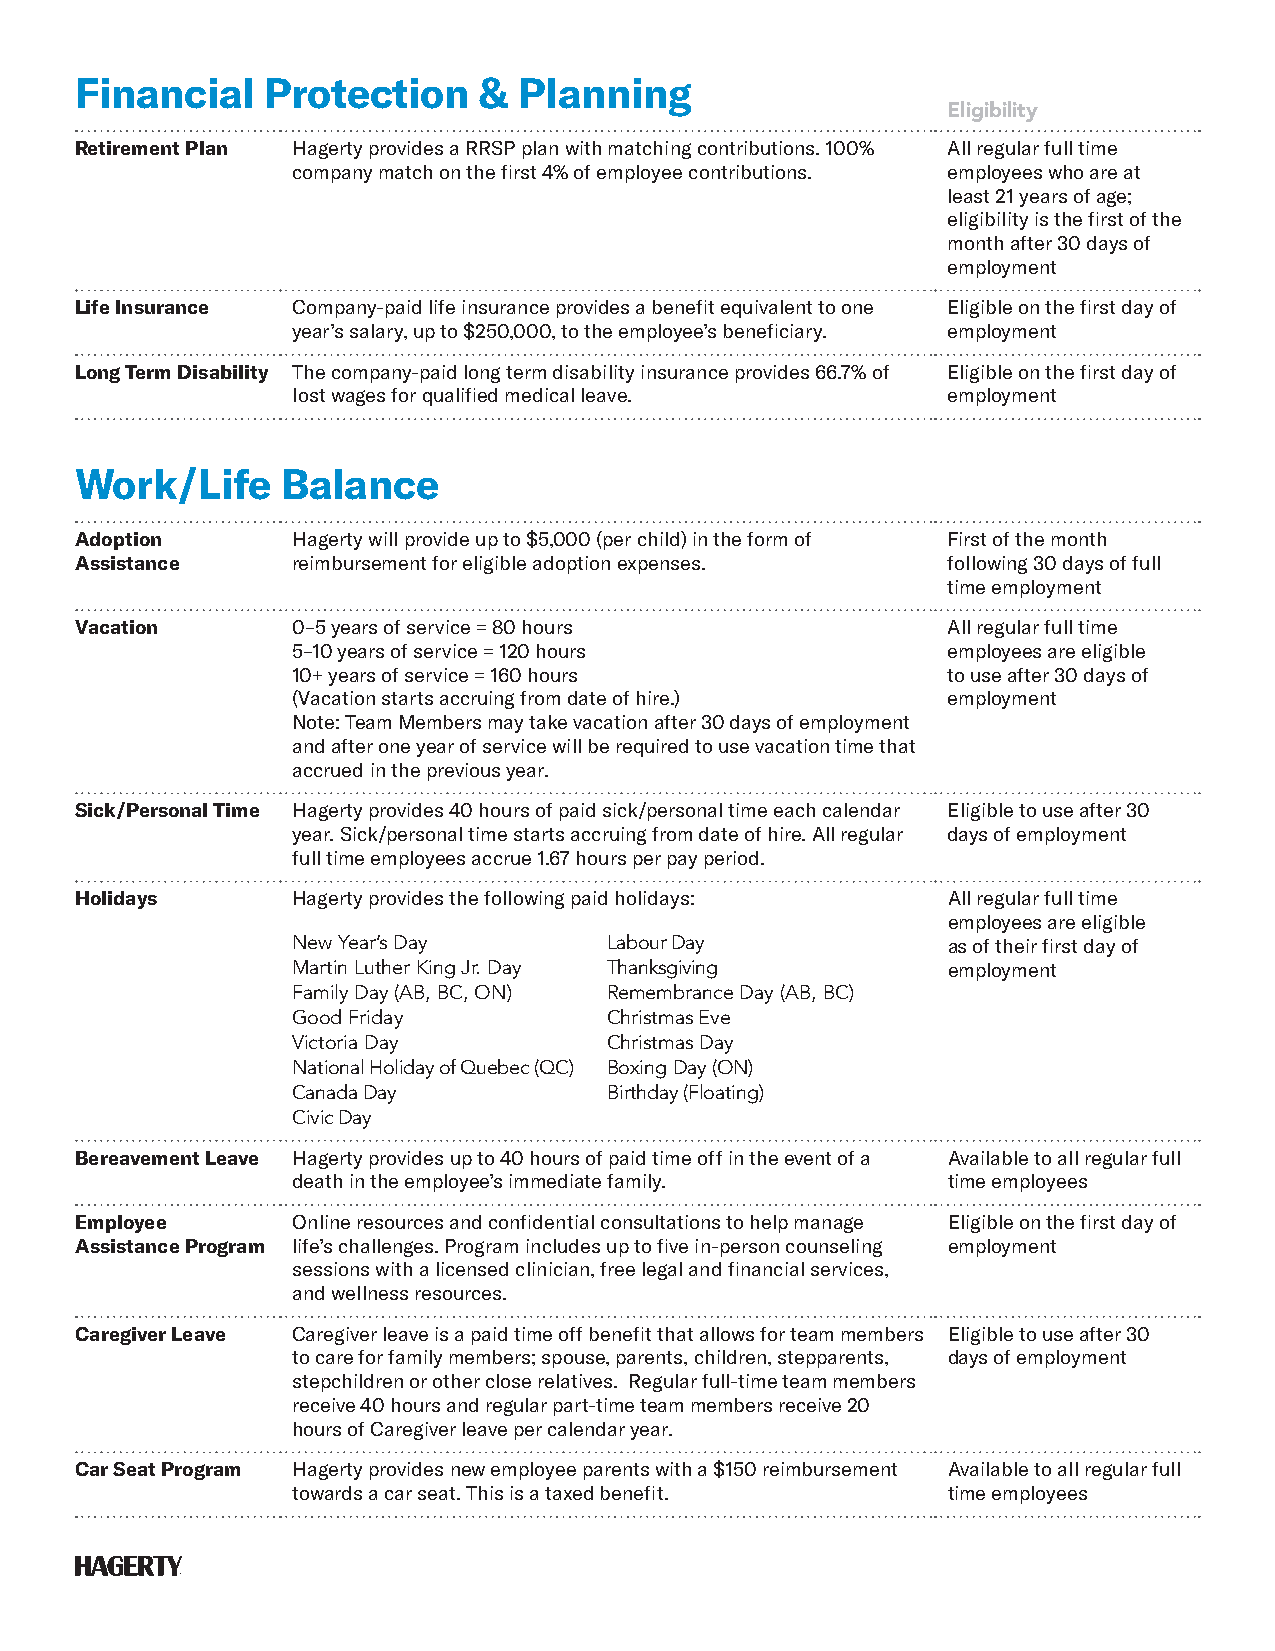
Financial    Protection    & Planning
 Eligibility
 Retirement Plan Hagerty provides a RRSP plan with matching contributions. 100% All regular full time
 company match on the first 4% of employee contributions. employees who are at
 least 21 years of age;
 eligibility is the first of the
 month after 30 days of
 employment
 Life Insurance Company-paid life insurance provides a benefit equivalent to one Eligible on the first day of
 year’s salary, up to $250,000, to the employee’s beneficiary. employment
 Long Term Disability The company-paid long term disability insurance provides 66.7% of Eligible on the first day of
 lost wages for qualified medical leave.     employment
 Work/Life     Balance
 Adoption      Hagerty will provide up to $5,000 (per child) in the form of First of the month
 Assistance    reimbursement for eligible adoption expenses. following 30 days of full
 time employment
 Vacation      0–5 years of service = 80 hours             All regular full time
 5–10 years of service = 120 hours           employees are eligible
 10+ years of service = 160 hours            to use after 30 days of
 (Vacation starts accruing from date of hire.) employment
 Note: Team Members may take vacation after 30 days of employment
 and after one year of service will be required to use vacation time that
 accrued in the previous year.
 Sick/Personal Time Hagerty provides 40 hours of paid sick/personal time each calendar Eligible to use after 30
 year. Sick/personal time starts accruing from date of hire. All regular days of employment
 full time employees accrue 1.67 hours per pay period.
 Holidays      Hagerty provides the following paid holidays: All regular full time
 employees are eligible
 New Year’s Day       Labour Day             as of their first day of
 Martin Luther King Jr. Day Thanksgiving     employment
 Family Day (AB, BC, ON) Remembrance Day (AB, BC)
 Good Friday          Christmas Eve
 Victoria Day         Christmas Day
 National Holiday of Quebec (QC) Boxing Day (ON)
 Canada Day           Birthday (Floating)
 Civic Day
 Bereavement Leave Hagerty provides up to 40 hours of paid time off in the event of a Available to all regular full
 death in the employee’s immediate family.   time employees
 Employee      Online resources and confidential consultations to help manage Eligible on the first day of
 Assistance Program life’s challenges. Program includes up to five in-person counseling employment
 sessions with a licensed clinician, free legal and financial services,
 and wellness resources.
 Caregiver Leave Caregiver leave is a paid time off benefit that allows for team members Eligible to use after 30
 to care for family members; spouse, parents, children, stepparents, days of employment
 stepchildren or other close relatives. Regular full-time team members
 receive 40 hours and regular part-time team members receive 20
 hours of Caregiver leave per calendar year.
 Car Seat Program Hagerty provides new employee parents with a $150 reimbursement Available to all regular full
 towards a car seat. This is a taxed benefit. time employees